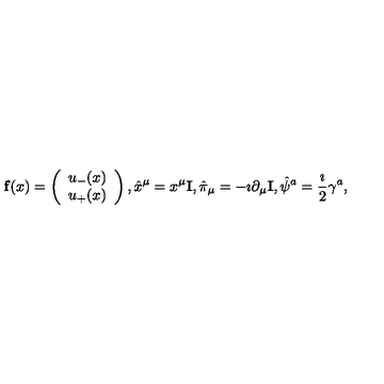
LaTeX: { \bf f } ( x ) = \left( \begin{array} { c } { u _ { - } ( x ) } \\ { u _ { + } ( x ) } \\ \end{array} \right) , \hat { x } ^ { \mu } = x ^ { \mu } { \bf I } , \hat { \pi } _ { \mu } = - \imath \partial _ { \mu } { \bf I } , \hat { \psi } ^ { a } = \frac { \imath } { 2 } \gamma ^ { a } ,